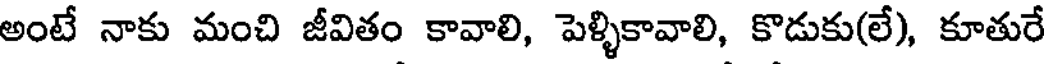
అంటే నాకు మంచి జీవితం కావాలి, పెళ్ళికావాలి, కొడుకు(లే), కూతురే